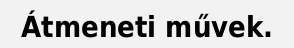
Átmeneti művek.